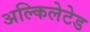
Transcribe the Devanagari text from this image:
अल्किलेटेड